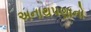
અનાથપણાનો